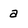
Character: a